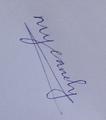
Signature authenticity: genuine